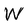
Character: W